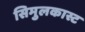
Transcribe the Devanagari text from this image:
सिमुलकास्ट